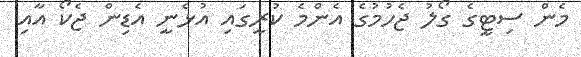
މެން ސިޓީގެ ގޯލު ޖެހުމުގެ އެންމެ ކުރީގައި އުޅެނީ އެޑިން ޖެކޯ އާއި